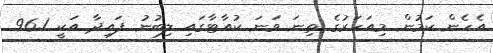
އެހެން ކަމުން މިއަހަރުގެ ތިނަ ވަނަ ކުއާޓާގައި ލިބުނު ފައިދާ އަކީ 96.1